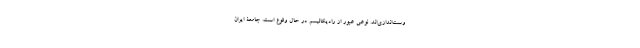
وست‌اندازی‌اند. نوعی عبور از رادیکالیسم در حال وقوع است. جامعۀ ایران